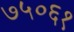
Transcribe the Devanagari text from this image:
७५०६१